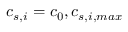
c _ { s , i } = c _ { 0 } , c _ { s , i , m a x }